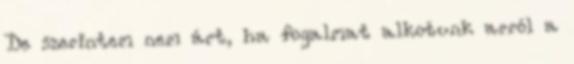
De szerintem nem árt, ha fogalmat alkotunk arról a